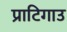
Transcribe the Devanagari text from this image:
प्राटिगाउ